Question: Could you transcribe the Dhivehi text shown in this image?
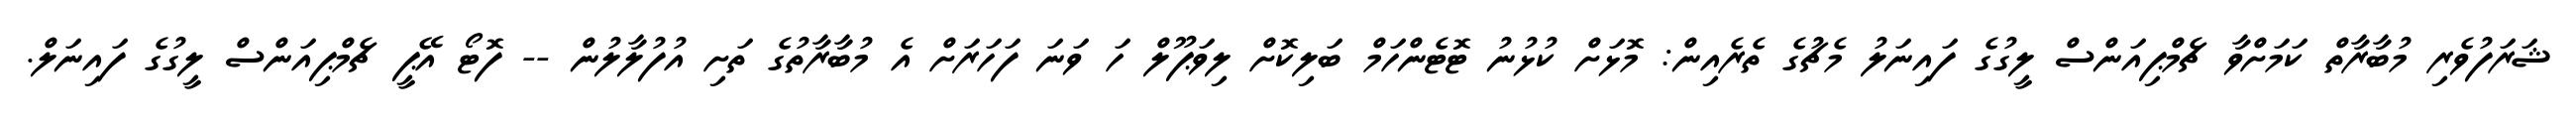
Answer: ޝަރަފުވެރި މުބާރާތް ކަމަށްވާ ޗެމްޕިއަންސް ލީގުގެ ފައިނަލު މެޗުގެ ތެރެއިން: މޮޅަށް ކުޅުނު ޓޮޓެންހަމް ބަލިކޮށް ލިވަޕޫލް ހަ ވަނަ ފަހަރަށް އެ މުބާރާތުގެ ތަށި އުފުލާލުން -- ފޮޓޯ އޭޕީ ޗެމްޕިއަންސް ލީގުގެ ފައިނަލް.